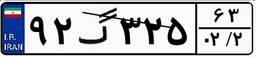
۹۲گ۳۲۵۶۳